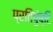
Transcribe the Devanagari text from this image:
प्रतिपुंष्टि